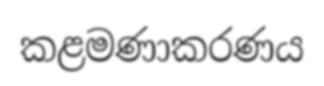
කළමණාකරණය